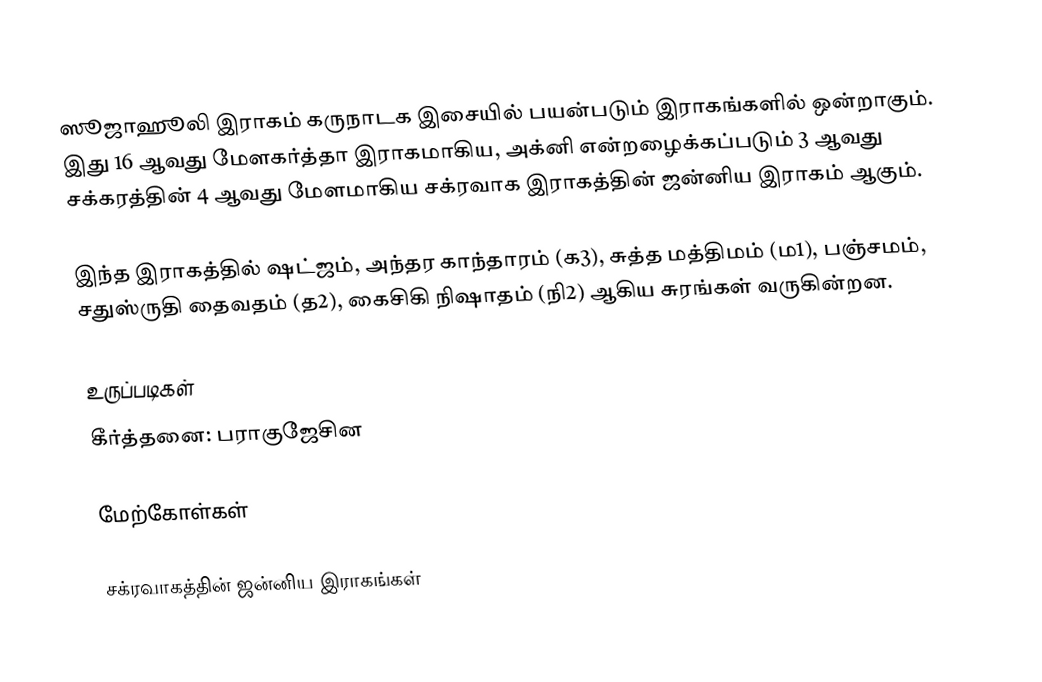
ஸூஜாஹூலி இராகம் கருநாடக இசையில் பயன்படும் இராகங்களில் ஒன்றாகும். இது 16 ஆவது மேளகர்த்தா இராகமாகிய, அக்னி என்றழைக்கப்படும் 3 ஆவது சக்கரத்தின் 4 ஆவது மேளமாகிய சக்ரவாக இராகத்தின் ஜன்னிய இராகம் ஆகும்.

இந்த இராகத்தில் ஷட்ஜம், அந்தர காந்தாரம் (க3), சுத்த மத்திமம் (ம1), பஞ்சமம், சதுஸ்ருதி தைவதம் (த2), கைசிகி நிஷாதம் (நி2) ஆகிய சுரங்கள் வருகின்றன.

உருப்படிகள்
 கீர்த்தனை: பராகுஜேசின

மேற்கோள்கள்

சக்ரவாகத்தின் ஜன்னிய இராகங்கள்